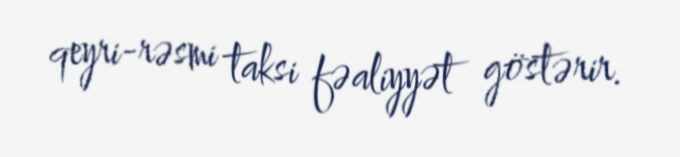
qeyri-rəsmi taksi fəaliyyət göstərir.